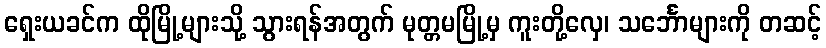
ရှေးယခင်က ထိုမြို့များသို့ သွားရန်အတွက် မုတ္တမမြို့မှ ကူးတို့လှေ၊ သင်္ဘောများကို တဆင့်